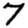
Digit: 7